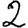
Digit: 2